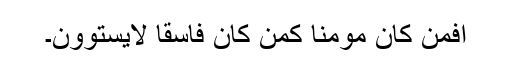
أفمن کان مومناً کمن کان فاسقاً لایستوون۔